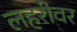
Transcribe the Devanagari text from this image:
लहरीवर